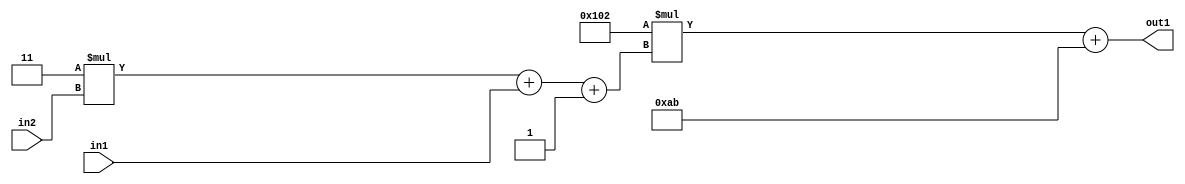
`timescale 1ps / 1ps
/*****************************************************************************
    Verilog RTL Description
    
    
    Created by: Stratus DpOpt 2019.1.01 
*******************************************************************************/

module DC_Filter_Add2i171Mul2i258Add3i1u1Mul2i3u2_1 (
	in2,
	in1,
	out1
	); /* architecture "behavioural" */ 
input [1:0] in2;
input  in1;
output [11:0] out1;
wire [11:0] asc001;
wire [3:0] asc002;

wire [3:0] asc002_tmp_0;
wire [3:0] asc002_tmp_1;
assign asc002_tmp_1 = 
	+(4'B0011 * in2);
assign asc002_tmp_0 = asc002_tmp_1
	+(in1);
assign asc002 = asc002_tmp_0
	+(4'B0001);

wire [11:0] asc001_tmp_2;
assign asc001_tmp_2 = 
	+(12'B000100000010 * asc002);
assign asc001 = asc001_tmp_2
	+(12'B000010101011);

assign out1 = asc001;
endmodule

/* CADENCE  vrTyTws= : u9/ySgnWtBlWxVPRXgAZ4Og= ** DO NOT EDIT THIS LINE ******/